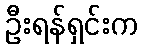
ဦးရန်ရှင်းက